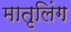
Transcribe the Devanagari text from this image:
मातृलिंग